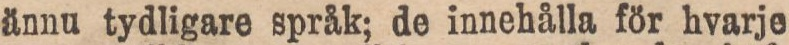
ännu tydligare språk; de innehålla för hvarje